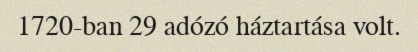
1720-ban 29 adózó háztartása volt.